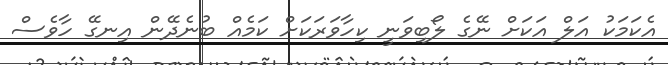
އެކަމަކު އަލް އަކަށް ނޭގެ ލޯބިވަނީ ކިހާވަރަކަށް ކަމެއް ބުނެދޭން އިނގޭ ހާވެސް